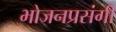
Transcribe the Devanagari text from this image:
भोजनप्रसंगी